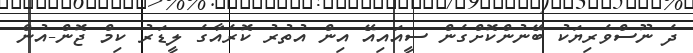
ދެ ނޫސްވެރިޔަކު ބޭނުންކޮށްގެން ސީއައިއޭ އިން އުތުރު ކޮރެއާގެ ލީޑަރު ކިމް ޖޮން-އުން